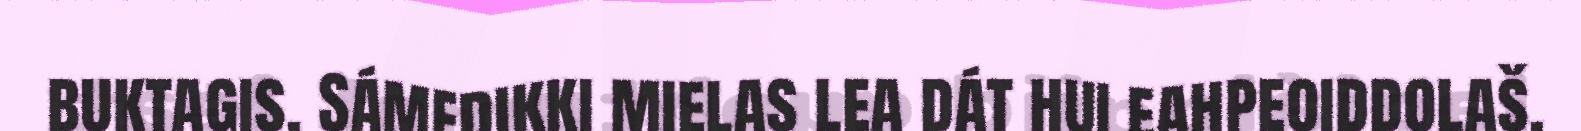
buktagis. Sámedikki mielas lea dát hui eahpeoiddolaš.